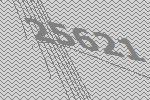
25621